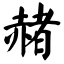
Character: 赭